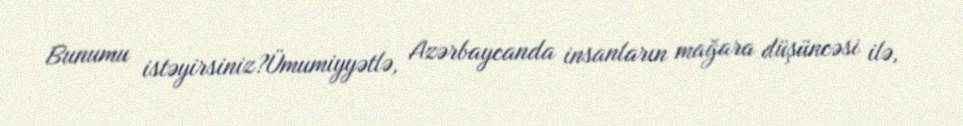
Bunumu istəyirsiniz?Ümumiyyətlə, Azərbaycanda insanların mağara düşüncəsi ilə,